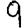
Digit: 9